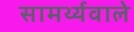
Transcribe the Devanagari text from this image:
सामर्थ्यवाले